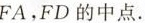
FA，FD的中点。